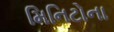
મિનિટોના